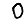
Digit: 0